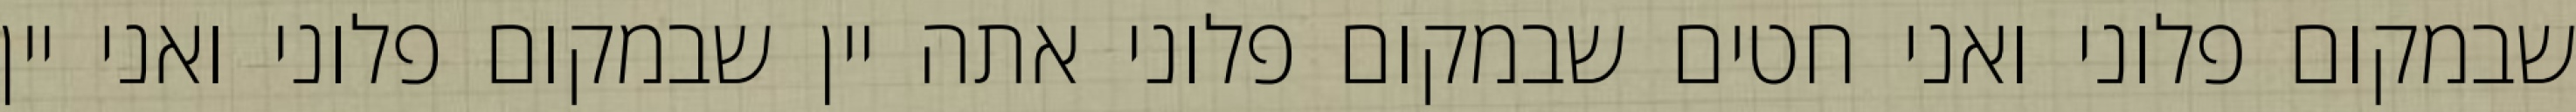
שבמקום פלוני ואני חטים שבמקום פלוני אתה יין שבמקום פלוני ואני יין